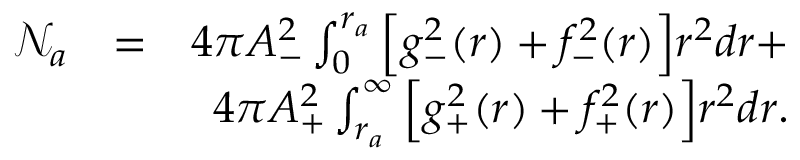
\begin{array} { r l r } { \mathcal { N } _ { a } } & { = } & { 4 \pi A _ { - } ^ { 2 } \int _ { 0 } ^ { r _ { a } } \Big [ g _ { - } ^ { 2 } ( r ) + f _ { - } ^ { 2 } ( r ) \Big ] r ^ { 2 } d r + } \\ & { } & { 4 \pi A _ { + } ^ { 2 } \int _ { r _ { a } } ^ { \infty } \Big [ g _ { + } ^ { 2 } ( r ) + f _ { + } ^ { 2 } ( r ) \Big ] r ^ { 2 } d r . } \end{array}